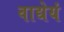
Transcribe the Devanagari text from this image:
वाद्येयं